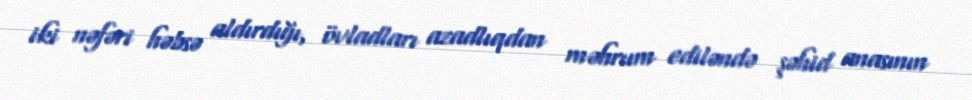
iki nəfəri həbsə aldırdığı, övladları azadlıqdan məhrum ediləndə şəhid anasının